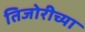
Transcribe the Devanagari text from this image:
तिजोरीच्या